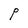
Character: P